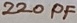
Text: 220PF